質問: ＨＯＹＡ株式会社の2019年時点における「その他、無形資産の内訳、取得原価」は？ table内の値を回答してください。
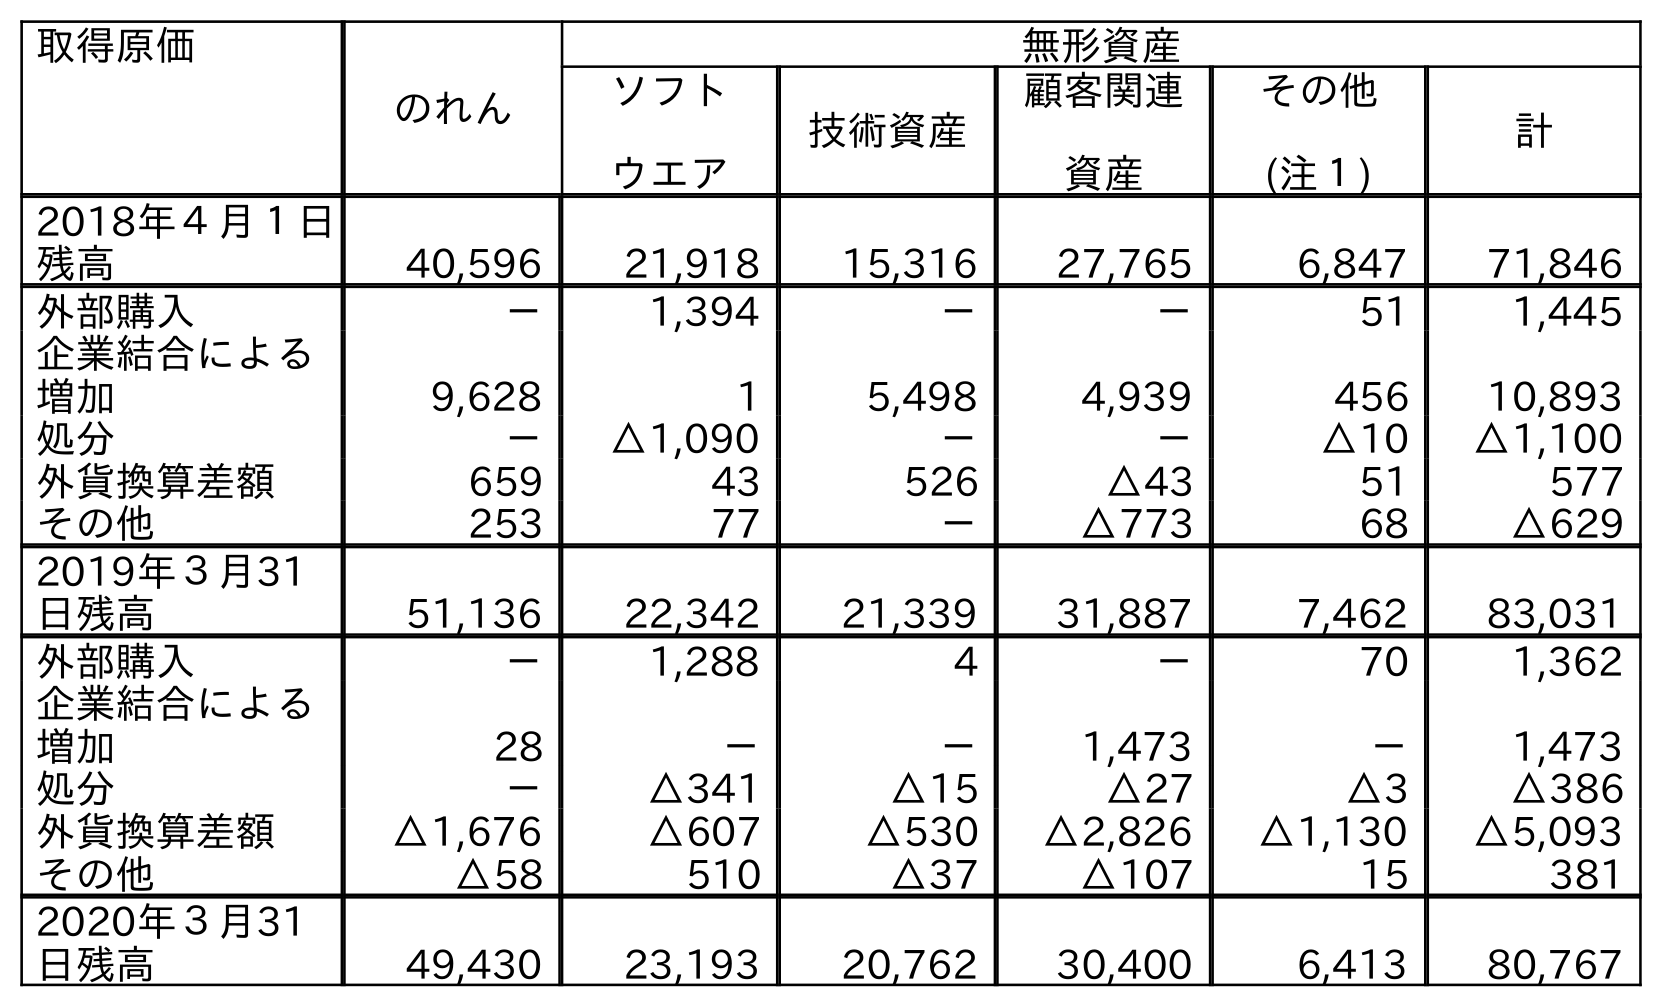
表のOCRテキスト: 取得原価 のれん 無形資産 ソフト ウエア 技術資産 顧客関連 資産 その他 (注１) 計 2018年４月１日 残高 40,596 21,918 15,316 27,765 6,847 71,846 外部購入 － 1,394 － － 51 1,445 企業結合による 増加 9,628 1 5,498 4,939 456 10,893 処分 － △1,090 － － △10 △1,100 外貨換算差額 659 43 526 △43 51 577 その他 253 77 － △773 68 △629 2019年３月31 日残高 51,136 22,342 21,339 31,887 7,462 83,031 外部購入 － 1,288 4 － 70 1,362 企業結合による 増加 28 － － 1,473 － 1,473 処分 － △341 △15 △27 △3 △386 外貨換算差額 △1,676 △607 △530 △2,826 △1,130 △5,093 その他 △58 510 △37 △107 15 381 2020年３月31 日残高 49,430 23,193 20,762 30,400 6,413 80,767
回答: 7,462